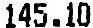
145.10